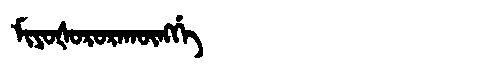
Manchu: ᠮᡳᠶᠣᡧᠣᡵᠣᡵᠠᡴᡡᠩᡤᡝ
Romanization: MIYOŠORORAKŪNGGE